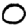
Digit: 0